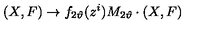
( X , F ) \rightarrow f _ { 2 \vartheta } ( z ^ { i } ) { M } _ { 2 \vartheta } \cdot ( X , F )